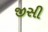
જીસી